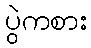
ပွဲကစား